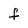
Character: f